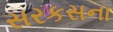
સરકસના